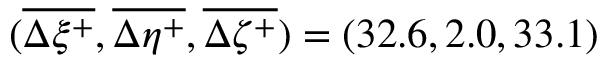
( \overline { { \Delta \xi ^ { + } } } , \overline { { \Delta \eta ^ { + } } } , \overline { { \Delta \zeta ^ { + } } } ) = ( 3 2 . 6 , 2 . 0 , 3 3 . 1 )